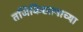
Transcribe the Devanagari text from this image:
तजिकिस्तनाच्या